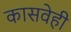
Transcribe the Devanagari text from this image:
कासवेही